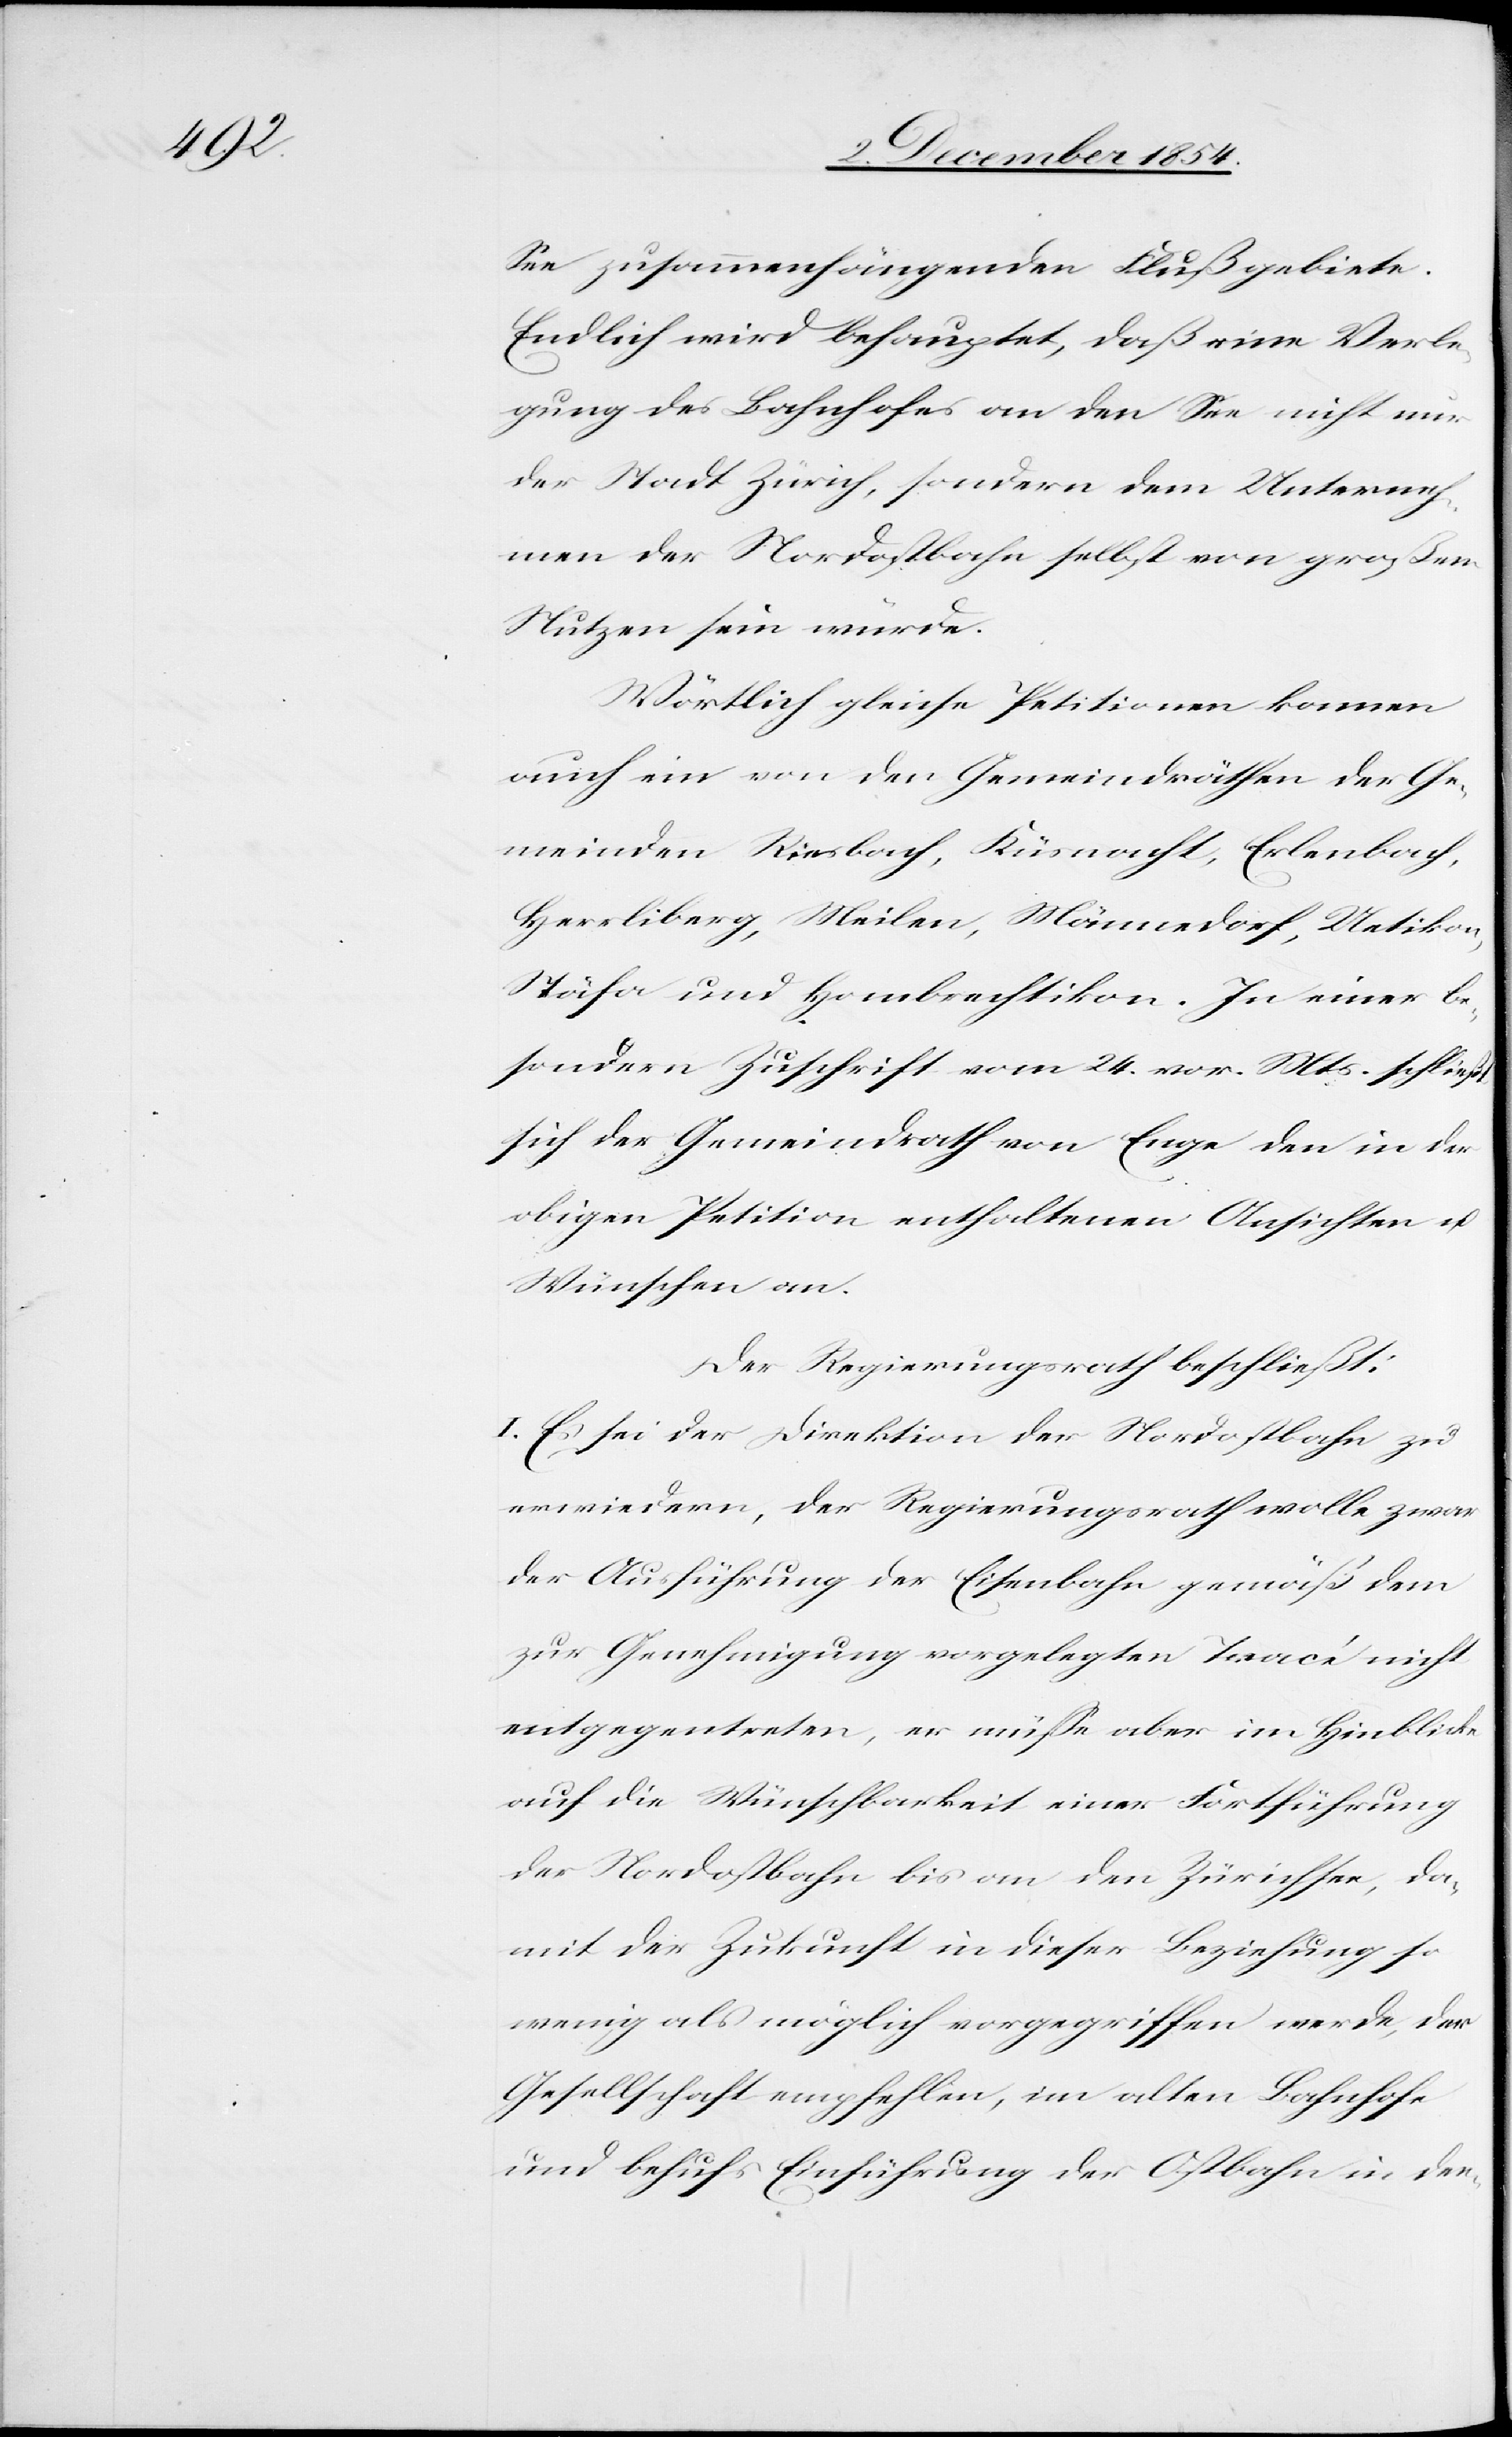
See zusammenhängenden Flußgebiete.
Endlich wird behauptet, daß eine Verle¬
gung des Bahnhofes an den See nicht nur
der Stadt Zürich, sondern dem Unterneh¬
men der Nordostbahn selbst von großem
Nutzen sein würde.
Wörtlich gleiche Petitionen kommen
auch ein von den Gemeindräthen der Ge¬
meinden Riesbach, Küsnacht, Erlenbach,
Herrliberg, Meilen, Männedorf, Uetikon,
Stäfa und Hombrechtikon. In einer be¬
sondern Zuschrift vom 24. vor. Mts. schließt
sich der Gemeindrath von Enge den in der
obigen Peititon enthaltenen Ansichten u.
Wünschen an.
Der Regierungsrath beschließt:
I. Es sei der Direktion der Nordostbahn zu
erwiedern, der Regierungsrath wolle zwar
der Ausführung der Eisenbahn gemäß dem
zur Genehmigung vorgelegten Tracé nicht
entgegentreten, er müße aber im Hinblicke
auf die Wünschbarkeit einer Fortführung
der Nordostbahn bis an den Zürichsee, da¬
mit der Zukunft in dieser Beziehung so
wenig als möglich vorgegriffen werde, der
Gesellschaft empfehlen, im alten Bahnhofe
und behufs Einführung der Ostbahn in der-